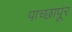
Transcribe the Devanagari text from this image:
पाच्छापूर